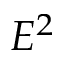
E ^ { 2 }